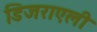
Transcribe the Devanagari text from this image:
डिजराएली